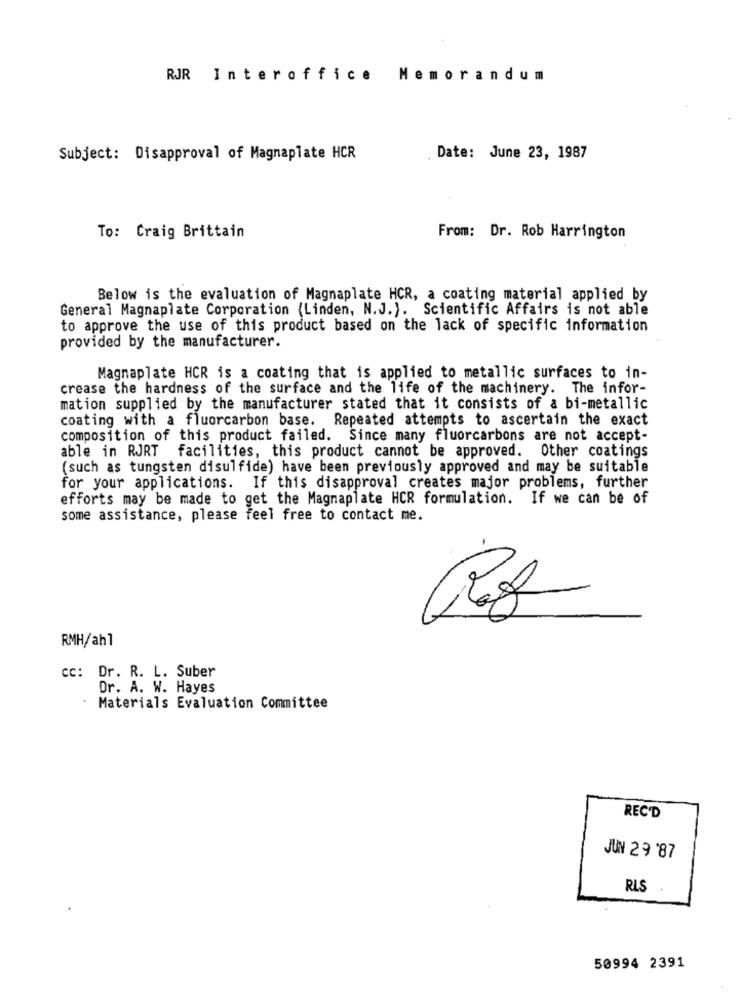
RJR Interoffice Memorandum
Subject: Disapproval of Magnaplate HCR
Date: June 23, 1987
To: Craig Brittain
From: Dr. Rob Harrington
Below is the evaluation of Magnaplate HCR, a coating material applied by
General Magnaplate Corporation (Linden, N.J.). Scientific Affairs is not able
to approve the use of this product based on the lack of specific information
provided by the manufacturer.
Magnaplate HCR is a coating that is applied to metallic surfaces to in-
crease the hardness of the surface and the life of the machinery. The infor-
mation supplied by the manufacturer stated that it consists of a bi-metallic
coating with a fluorcarbon base. Repeated attempts to ascertain the exact
composition of this product failed. Since many fluorcarbons are not accept-
able in RJRT facilities, this product cannot be approved. Other coatings
(such as tungsten disulfide) have been previously approved and may be suitable
for your applications. If this disapproval creates major problems, further
efforts may be made to get the Magnaplate HCR formulation. If we can be of
some assistance, please feel free to contact me.
RMH/ahl
CC: Dr. R. L. Suber
Dr. A. W. Hayes
Materials Evaluation Committee
REC'D
JUN 29 '87
RLS
50994 2391